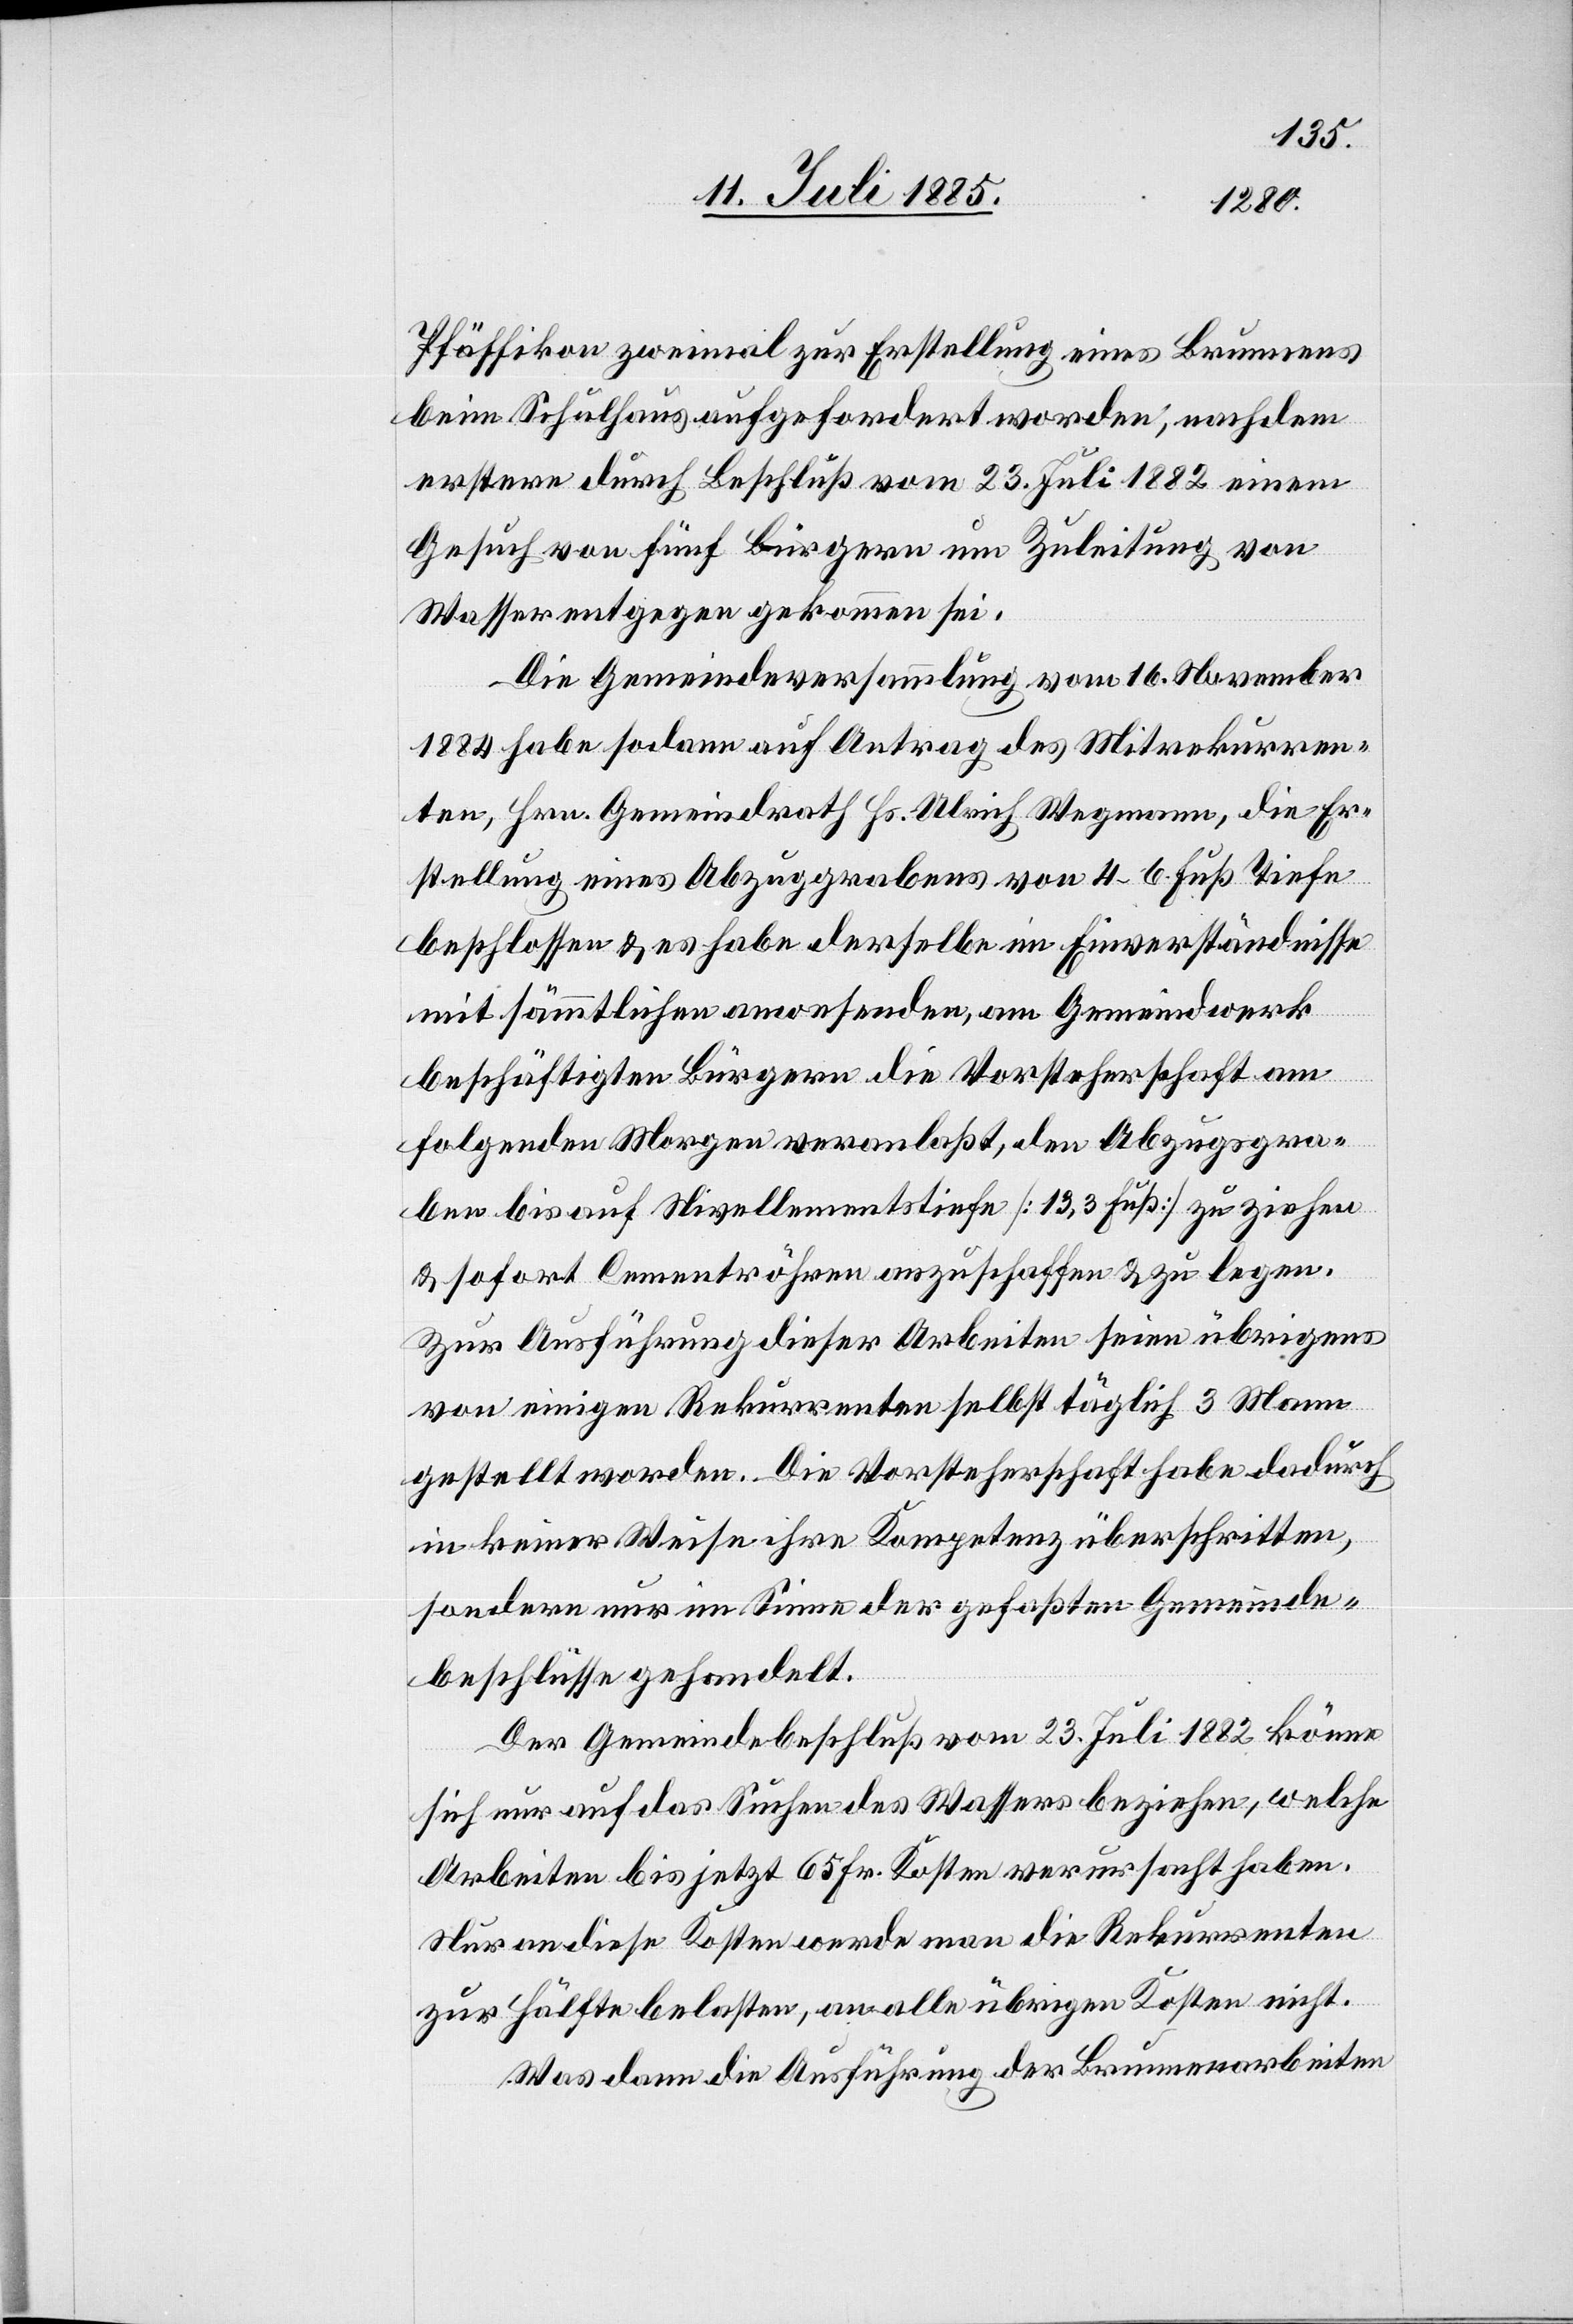
Pfäffikon zweimal zur Erstellung eines Brunnens
beim Schulhaus aufgefordert worden, nachdem
erstere durch Beschluß vom 23. Juli 1882 einem
Gesuch von fünf Bürgern um Zuleitung von
Wasser entgegen gekommen sei.
Die Gemeindeversammlung vom 16. November
1884 habe sodann auf Antrag des Mitrekurren¬
ten, Hrn. Gemeindrath Hs. Ulrich Wegmann, die Er¬
stellung eines Abzuggrabens von 4–6 Fuß Tiefe
beschlossen & es habe derselbe im Einverständnisse
mit sämmtlichen anwesenden, am Gemeindwerk
beschäftigten Bürgern die Vorsteherschaft am
folgenden Morgen veranlaßt, den Abzugsgra¬
ben bis auf Nivellementstiefe [13 Fuß] zu ziehen
& sofort Cementröhren anzuschaffen & zu legen.
Zur Ausführung dieser Arbeiten seien übrigens
von einigen Rekurrenten selbst täglich 3 Mann
gestellt worden. Die Vorsteherschaft habe dadurch
in keiner Weise ihre Kompetenz überschritten,
sondern nur im Sinne der gefaßten Gemeinde¬
beschlüsse gehandelt.
Der Gemeindebeschluß vom 23. Juli 1882 könne
sich nur auf das Suchen des Wassers beziehen, welche
Arbeiten bis jetzt 65 Fr. Kosten verursacht haben.
Nur an diese Kosten werde man die Rekurrenten
zur Hälfte belasten, an alle übrigen Kosten nicht.
Was dann die Ausführung der Brunnenarbeiten